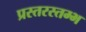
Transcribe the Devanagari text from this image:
प्रस्तरस्तम्भ